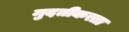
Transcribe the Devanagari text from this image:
मुदतीकरता